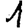
Digit: 1